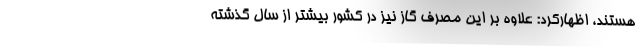
هستند، اظهارکرد: علاوه بر این مصرف گاز نیز در کشور بیشتر از سال گذشته